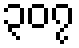
၃၀၇